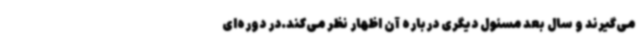
می‌گیرند و سال بعد مسئول دیگری درباره آن اظهار نظر می‌کند.در دوره‌ای